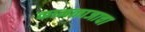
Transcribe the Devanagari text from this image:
कामकाजाचा